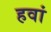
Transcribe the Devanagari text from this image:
हवां